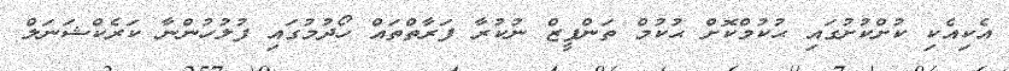
އެކިއެކި ކުށްކުށުގައި ޙުކުމްކޮށް ޙުކުމް ތަންފީޒް ނުކުރާ ފަރާތްތައް ހޯދުމުގައި ފުލުހުންނާ ކަރެކްޝަނަލް